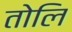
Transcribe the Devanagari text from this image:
तोलि